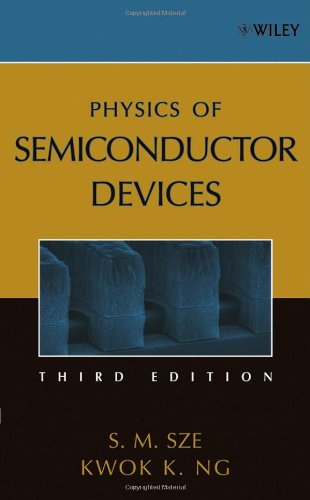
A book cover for Physics of Semiconductor Devices; Simon M. Sze; Science & Math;